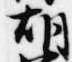
胡